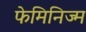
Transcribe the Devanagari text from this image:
फेमिनिज्म